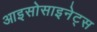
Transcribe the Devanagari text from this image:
आइसोसाइनेट्स